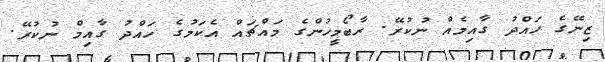
ޒިނޭގެ ހައްދު ގާއިމެއް ނުކުރޭ. ރާބޯމީހުންގެ މައްޗައް އެކަމުގެ ހައްދު ގާއިމް ނުކުރޭ.